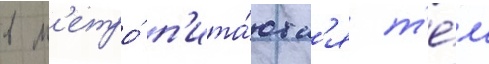
в м'етро́ п'ита́ютс'я т'е́м